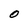
Character: O